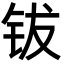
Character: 钹